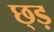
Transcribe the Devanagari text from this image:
छ्ड़